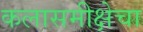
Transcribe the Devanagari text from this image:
कलासमीक्षेचा